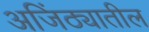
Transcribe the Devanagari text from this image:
अजिंठ्यातील